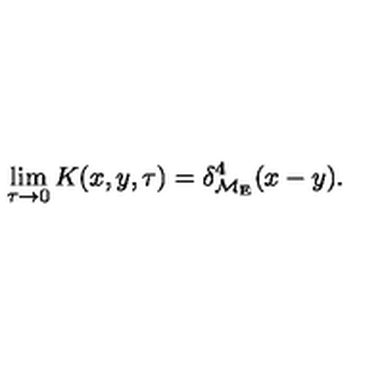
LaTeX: \lim _ { \tau \to 0 } K ( x , y , \tau ) = \delta _ { { \cal M } _ { \mathrm { E } } } ^ { 4 } ( x - y ) .